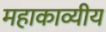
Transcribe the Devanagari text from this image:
महाकाव्यीय